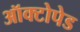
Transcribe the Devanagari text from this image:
ऑक्टोपेड